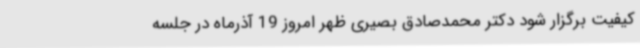
کیفیت برگزار شود دکتر محمدصادق بصیری ظهر امروز 19 آذرماه در جلسه